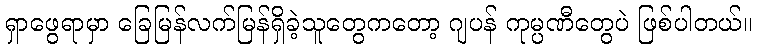
ရှာဖွေရာမှာ ခြေမြန်လက်မြန်ရှိခဲ့သူတွေကတော့ ဂျပန် ကုမ္ပဏီတွေပဲ ဖြစ်ပါတယ်။